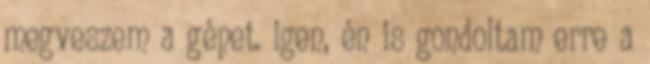
megveszem a gépet. igen, én is gondoltam erre a